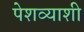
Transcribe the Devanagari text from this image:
पेशव्याशी